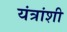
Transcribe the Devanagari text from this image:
यंत्रांशी